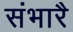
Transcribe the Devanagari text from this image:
संभारै